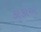
કાકાએ